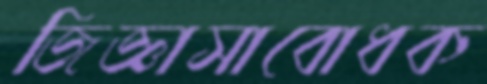
জিজ্ঞাসাবোধক